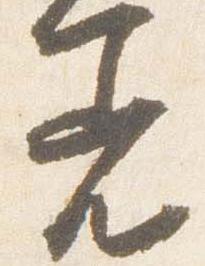
着